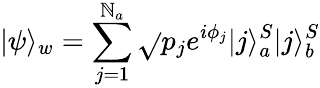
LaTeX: |\psi\rangle_{w}=\sum_{j=1}^{\mathbb{N}_{a}}\sqrt{}{{p_{j}}}e^{i\phi_{j}}|j\rangle_{a}^{S}|j\rangle_{b}^{S}